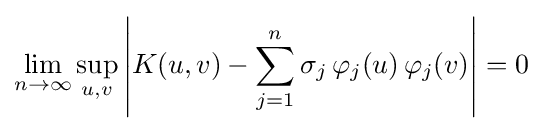
\lim _{n\to \infty }\sup _{u,v}\left|K(u,v)-\sum _{j=1}^{n}\sigma _{j}\,\varphi _{j}(u)\,\varphi _{j}(v)\right|=0